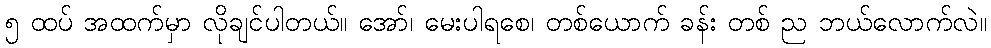
၅ ထပ် အထက်မှာ လိုချင်ပါတယ်။ အော်၊ မေးပါရစေ၊ တစ်ယောက် ခန်း တစ် ည ဘယ်လောက်လဲ။